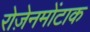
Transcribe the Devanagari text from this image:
रोज़ेनमोंटाक